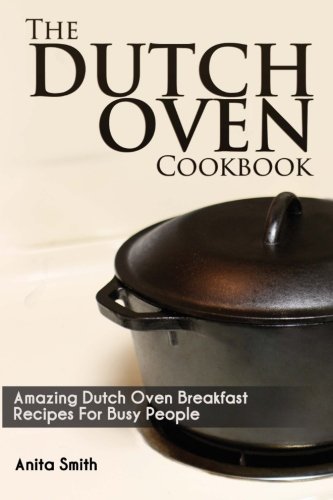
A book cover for The Dutch Oven Cookbook: Amazing Dutch oven Breakfast Recipes For Busy People; Anita Smith; Cookbooks, Food & Wine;